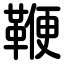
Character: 鞭